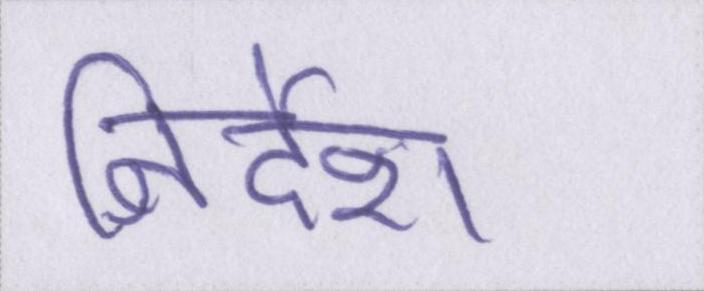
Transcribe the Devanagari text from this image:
निर्देश